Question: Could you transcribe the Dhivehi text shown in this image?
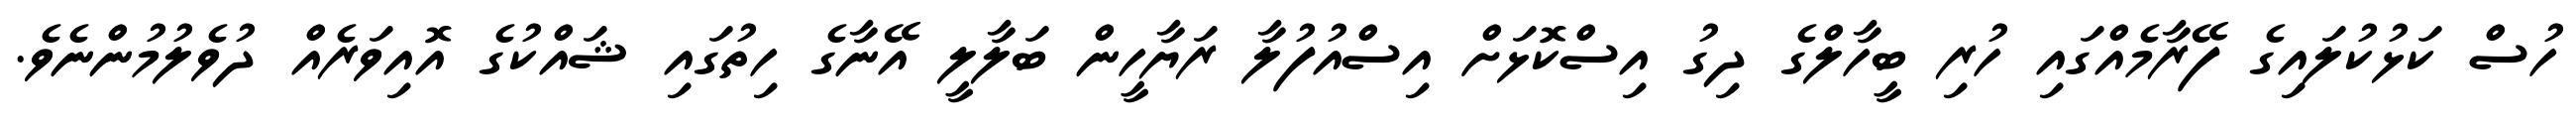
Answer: ހުސް ކަޅުކުލައިގެ ފޭރާމެއްގައި ހުރި ބީހާލްގެ ދިގު އިސްކޮޅަށް އިސްއުފުލާ ރަޔާހީން ބަލާލީ އޭނާގެ ހިތުގައި ޝައްކުގެ އޮއިވަރެއް ދުވެލުމުންނެވެ.